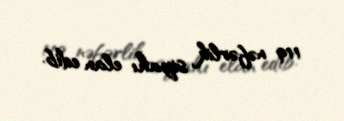
119 nəfərlik siyahı elan edib.